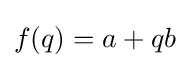
f(q)=a+qb